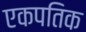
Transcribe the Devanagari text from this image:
एकपतिक